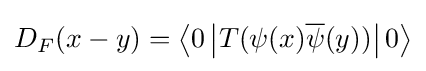
D_{F}(x-y)=\left\langle 0\left|T(\psi (x){\overline {\psi }}(y))\right|0\right\rangle